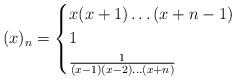
LaTeX: \begin{align*}(x)_n=\begin{cases}x(x+1)\dotsc(x+n-1) & \\1 &\\\frac{1}{(x-1)(x-2)\dotsc(x+n)}&\end{cases}\end{align*}